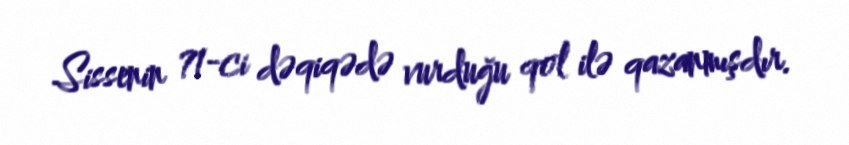
Sissenin 71-ci dəqiqədə vurduğu qol ilə qazanmışdır.